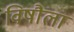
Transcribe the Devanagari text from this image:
विषौला